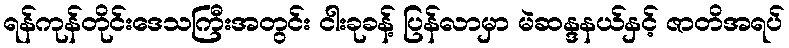
ရန်ကုန်တိုင်းဒေသကြီးအတွင်း ငါးခုခန့် ပြန်လာမှာ မဲဆန္ဒနယ်နှင့် ဇာတိအရပ်